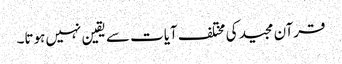
قرآن مجید کی مختلف آیات سے یقین نہیں ہوتا۔